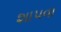
શાપવા